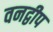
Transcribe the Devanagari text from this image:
वनद्वीप